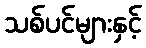
သစ်ပင်များနှင့်